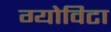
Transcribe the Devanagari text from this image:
ग्योविटा